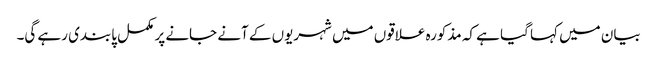
بیان میں کہا گیا ہے کہ مذکورہ علاقوں میں شہریوں کے آنے جانے پر مکمل پابندی رہے گی۔